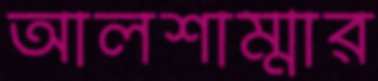
আলশাম্মার